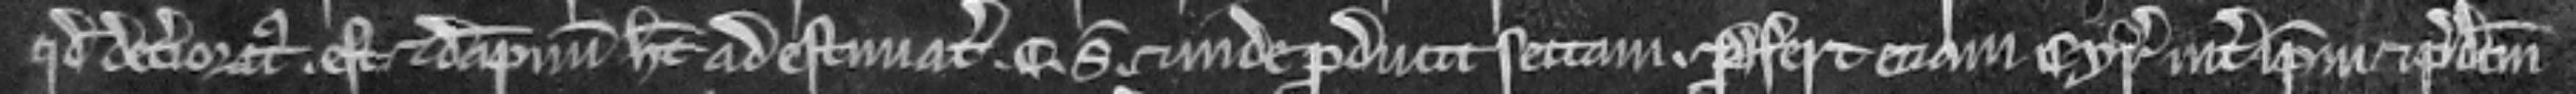
quod deterioratus. est et dampnum habet ad estimacionem. C. solidorum et inde producit sectam. Profert eciam cyrographum inter ipsum et predictum